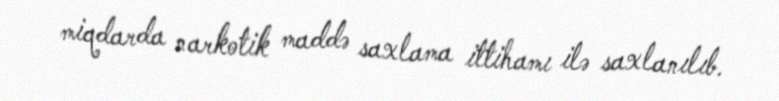
miqdarda narkotik maddə saxlama ittihamı ilə saxlanılıb.